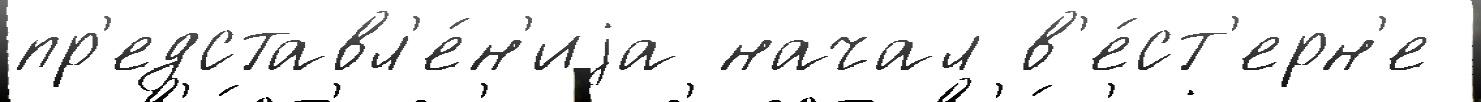
пр'едставл'е́н'иjа начал в'е́ст'ерн'е